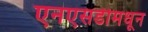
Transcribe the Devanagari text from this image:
एनएसडीमधून